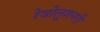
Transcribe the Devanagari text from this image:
रेवोलूशनरी